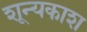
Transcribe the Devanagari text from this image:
शून्यकाश